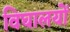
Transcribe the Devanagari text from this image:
विघालयों